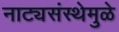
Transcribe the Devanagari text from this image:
नाट्यसंस्थेमुळे